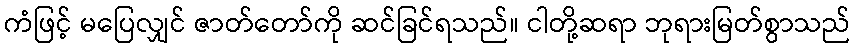
ကံဖြင့် မပြေလျှင် ဇာတ်တော်ကို ဆင်ခြင်ရသည်။ ငါတို့ဆရာ ဘုရားမြတ်စွာသည်